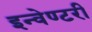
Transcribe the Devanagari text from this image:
इन्वेण्टरी